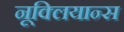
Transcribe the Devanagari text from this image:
नूक्लियान्स